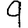
Digit: 9